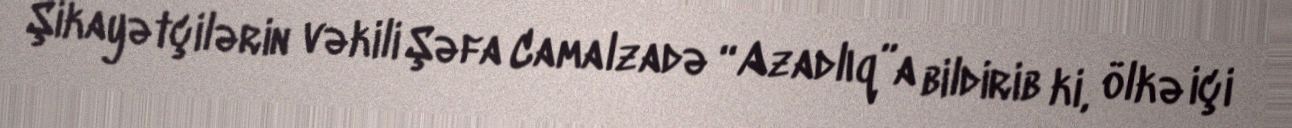
Şikayətçilərin vəkili Şəfa Camalzadə “Azadlıq”a bildirib ki, ölkə içi